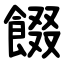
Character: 餟